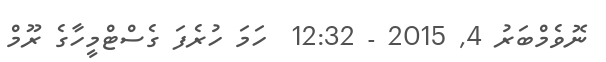
ނޮވެމްބަރު 4